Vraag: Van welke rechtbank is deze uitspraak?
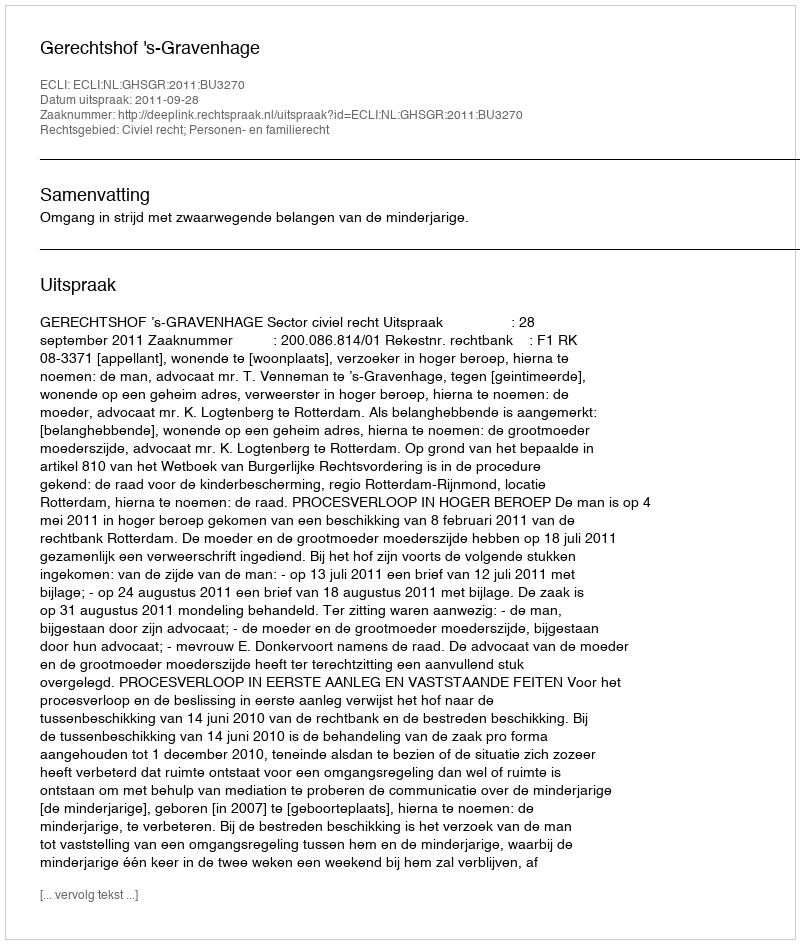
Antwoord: Gerechtshof 's-Gravenhage